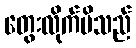
တွေးလိုက်မိသည်